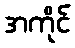
အကိုင်